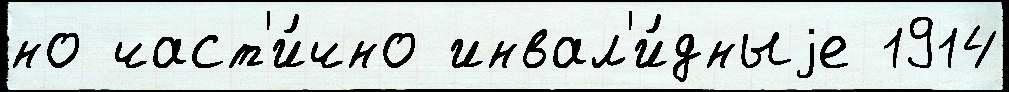
но част'и́чно инвал'и́дныjе 1914